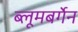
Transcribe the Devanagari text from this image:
ब्लूमबर्गेन